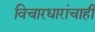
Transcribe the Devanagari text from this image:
विचारधारांचाही